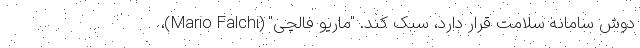
دوش سامانه سلامت قرار دارد، سبک کند. "ماریو فالچی" (Mario Falchi)،